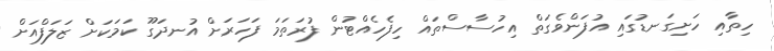
ހިތާއި ހަށިގަނޑުގައި އުފަންވެގަތް އިހުސާސްތައް ހިފެހެއްޓުން ފުރަތަމަ ފަހަރަށް އުނދަގޫ ކަމަކަށް ޒަލަފްއަށް